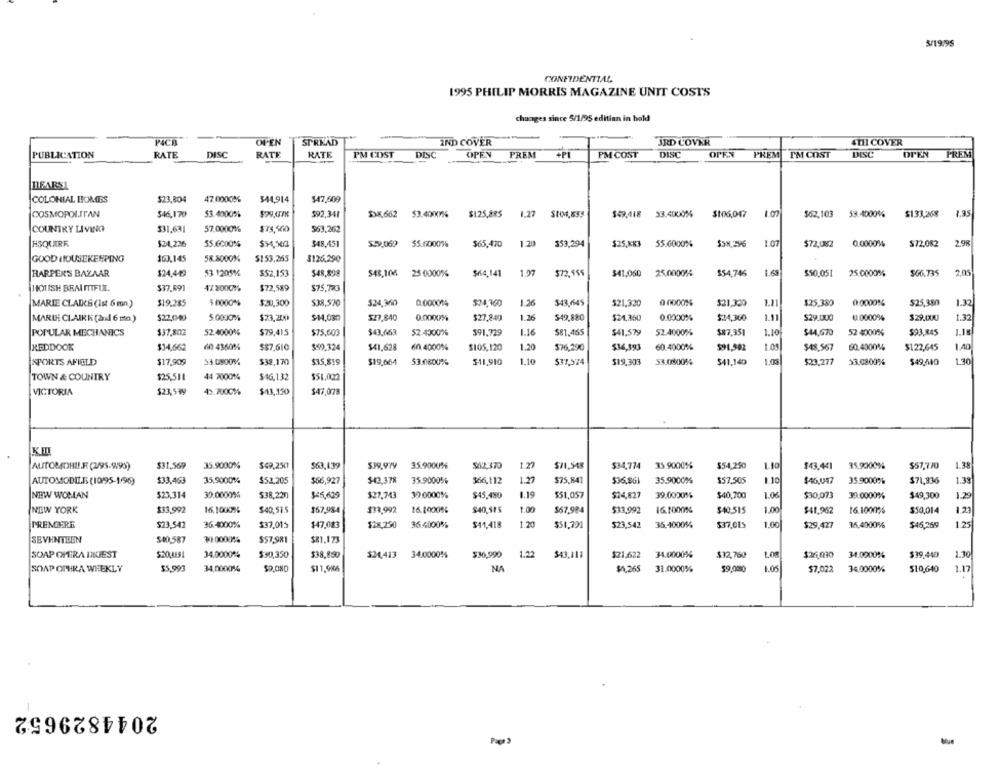
3/1995
CONFIDENTIAL
1995 PHILIP MORRIS MAGAZINE UNIT COSTS
changes since 5/1/95 edition in hold
PCR
OPEN
SPREAD
IND COVER
JRD COVER
4111 COVER
RATE
DISC
RATE
RATE
PM COST
DISC
OPEN
PREM
OFF.N
OPEN
PREM
PUBLICATION
PM COST
DISC
PREM PM COST
HEARST
COLONIAL HOMES
$23,804
47.0000%
$44,914
$47,609
COSMOPOLITAN
546,170
53.4000%
$92,341
$38,662
$3.4000%
$125.885
1.27
St04,833
$49,418
33.4000%
$106,047
1.07
$62,103
53.4000%
$133,268
1.35
COUNTRY LIVING
$31,631
57.0000%
$75,560
563,262
HSQUERF
$24,226
55.6000%
$48,451
$29.069
55.67000%
$65,470
1.20
$53,294
$25,883
55.6000%
$5H,296
1.07
$72,002
0.0000%
$72.082
2.98
GOOD HOUSEKEEPING
$63.145
58.8000%
$153,265
$126.290
HARPER'S BAZAAR
$24.449
53 1205%
$$2,153
$48,106
25 0000%
$64,141
1.97
$72,955
$41,050
25.00005%
$54,746
$50,051
25.0000%
$66.735
2.05
HOUSH BRALITIFUL.
$37.691
47.2000%
$72,589
$75,723
MARIE CLADCS (Ist 6 mn )
$19.285
5 0000%
$20,300
538,570
524,360
0.000014
$24,160
1.26
543,645
$21,320
$21,330
1.11
$25,380
0.0000%
$25,380
1.32
MARIK CLAIRK (and 6 mo.)
$22.040
5.0000%
$23,200
$14,080
$27,840
0.00002%
$27.840
1.26
$49,880
$24.350
0.0000%
$24,360
1.11
$29.000
U.0000%
$29,000
1.37
POPULAR MECHANICS
$37,802
52.4000%
$79,415
$75,603
$43.663
52.4000%
$91.729
1.16
$81,465
$41,579
52.4000%
$87,351
1.10
$44,670
52 4000%
$93,845
1.18
1.40
REDDOOR
$34,662
60 4360%
$$7,610
$99.324
$41,628
en 40009%
$105,120
1.20
576,290
$36,393
60.4000%
$91,902
$48,567
60.4000%
$122,645
1.10
1.30
SPORTS AFIELD
$17,909
53.0800%
$38,170
$35,819
$19,664
53.0800%
$11,910
$37.574
$19.303
53.0800%
$41,140
$23,277
33.0800%
$49,640
44 7000%
$46.132
TOWN & COUNTRY
$25,511
$51,002
$23,999
49.2000%
VICTORIA
$43,350
$47,078
KI
AUTOMOBILE (2/95-9/95)
$31,569
35.9000%
$49,250
$63,139
35.9000%
562,370
1.77
$11,548
$34,774
35.9000%
$54,250
Llo
$43.441
35.9900%
$57,770
1.38
AUTOMOBILE (10/95-1/96)
$33,463
35,900014
$52,205
$66,927
$42,378
35.9000%
$66,112
$75,841
$36.861
35.9000%
$57.505
1.10
$46,047
35.9000%
$71,836
1.38
NEW WOMAN
523.314
30.0000%
$38,220
$45,629
$27,743
39.0000%
$45,480
1.19
$51,057
$24,827
39.0000%
$40,700
1.06
$30,073
39.0000%
$49,300
1.29
NEW YORK
$33,992
16,1000%
$40,51.5
$57,984
133,992
16.10009%
$40,515
1.00
$67,984
$11.992
16.1000%
$40,515
1.00
$41,962
16.1000%
$50,014
1.21
PRENDERE
$23,542
36.4000%
$37,013
$47,083
$2x,250
36.4000%
$41,418
1.20
$51,791
$23,542
35.4000%
$37,015
1.00
$29,427
35.4000%
$46,269
1.25
SEVENTEEN
$40,587
31.00001%
$57,981
$81, 173
SOAP OPERA DIGEST
$20JUE5
34,0000%
$30,350
$38,890
$24,413
34.0000%
$36,990
1.22
343,111
$21,622
34.0000%
$32,760
LOS
$26.030
34.0200%
$39,440
1.30
$4,265
$9,000
1.05
SOAP OPERA WHEKLY
$5,993
34.0000%
$11,986
NA
31.0000%
$7.022
34,0000%
$10,640
1.17
2044829652